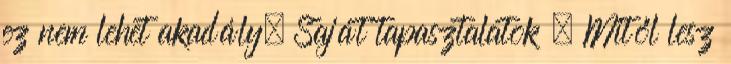
ez nem lehet akadály. Saját tapasztalatok – Mitől lesz